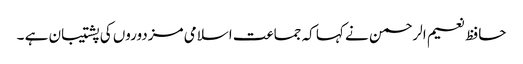
حافظ نعیم الرحمن نے کہا کہ جماعت اسلامی مزدوروں کی پشتیبان ہے ۔